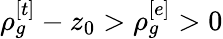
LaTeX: \rho_{g}^{[t]}-z_{0}>\rho_{g}^{[e]}>0